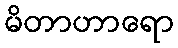
မိတာဟာရော